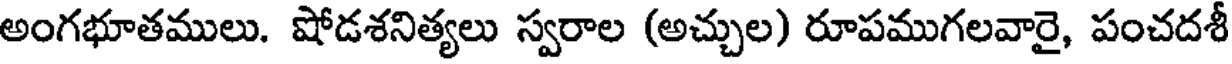
అంగభూతములు. షోడశనిత్యలు స్వరాల (అచ్చుల) రూపముగలవారై, పంచదశీ